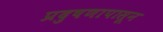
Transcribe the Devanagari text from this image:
प्रदुषणापासून